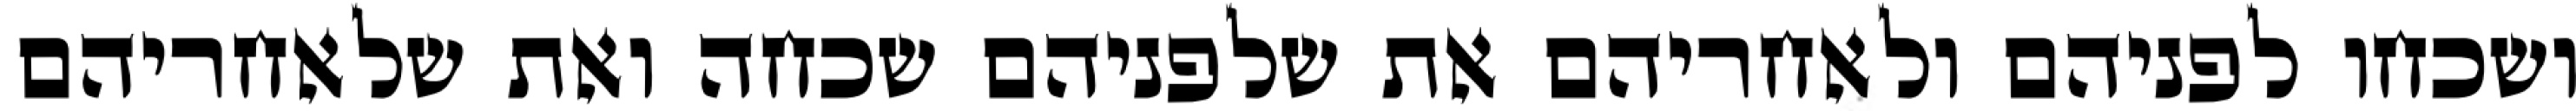
ושכחו לפניהם ולאחריהם את שלפניהם שכחה ואת שלאחריהם